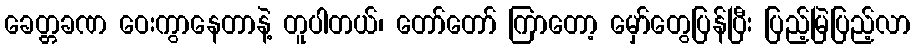
ခေတ္တခဏ ဝေးကွာနေတာနဲ့ တူပါတယ်၊ တော်တော် ကြာတော့ မှော်တွေပြန်ပြီး ပြည့်မြဲပြည့်လာ